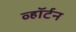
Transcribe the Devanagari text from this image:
व्हॉर्टन